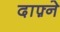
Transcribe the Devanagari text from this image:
दाफ़्ने